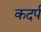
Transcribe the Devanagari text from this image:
कदर्प